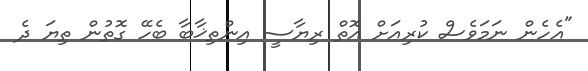
"އެހެން ނަމަވެސް ކުރިއަށް އޮތް ރިޔާސީ އިންތިޚާބާ ބެހޭ ގޮތުން ތިޔަ ދެ